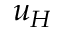
u _ { H }